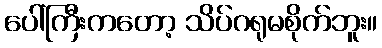
ပေါ်ကြီးကတော့ သိပ်ဂရုမစိုက်ဘူး။